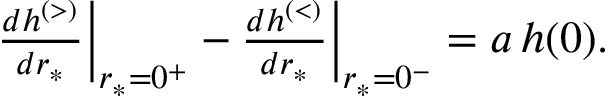
\begin{array} { r } { \frac { d h ^ { \scriptscriptstyle ( > ) } } { d r _ { * } } \bigg | _ { r _ { * } = 0 ^ { + } } - \frac { d h ^ { \scriptscriptstyle ( < ) } } { d r _ { * } } \bigg | _ { r _ { * } = 0 ^ { - } } = a \, h ( 0 ) . } \end{array}